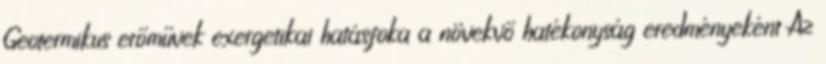
Geotermikus erőművek exergetikai hatásfoka a növekvő hatékonyság eredményeként Az